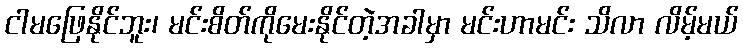
ငါမဖြေနိုင်ဘူး၊ မင်းစိတ်ကိုမေးနိုင်တဲ့အခါမှာ မင်းဟာမင်း သိလာ လိမ့်မယ်